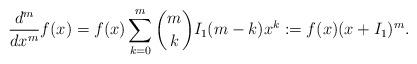
LaTeX: \begin{align*}\frac{d^{m}}{dx^{m}} f(x) = f(x) \sum_{k=0}^{m} \binom{m}{k} I_{1}(m-k)x^{k}:= f(x) ( x+ I_{1})^{m}.\end{align*}